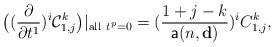
\begin{align*} \big((\frac{\partial}{\partial t^1})^i\mathcal{C}_{1,j}^k\big)|_{\mathrm{all}\ t^p=0} =(\frac{1+j-k}{\mathsf{a}(n,\mathbf{d})})^i C_{1,j}^k,\end{align*}